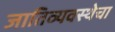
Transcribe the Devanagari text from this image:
जातिव्यवस्थेचा